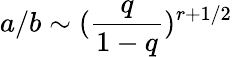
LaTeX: a/b\sim(\frac{q}{1-q})^{r+1/2}